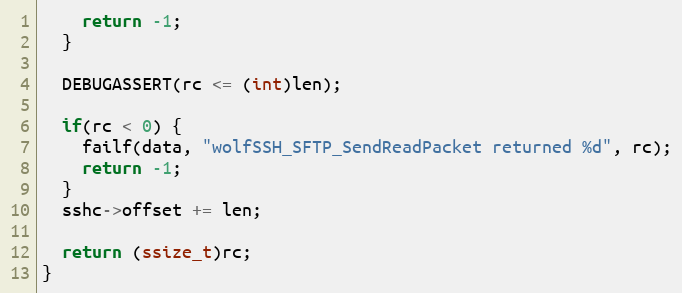
Language: C
    return -1;
  }

  DEBUGASSERT(rc <= (int)len);

  if(rc < 0) {
    failf(data, "wolfSSH_SFTP_SendReadPacket returned %d", rc);
    return -1;
  }
  sshc->offset += len;

  return (ssize_t)rc;
}